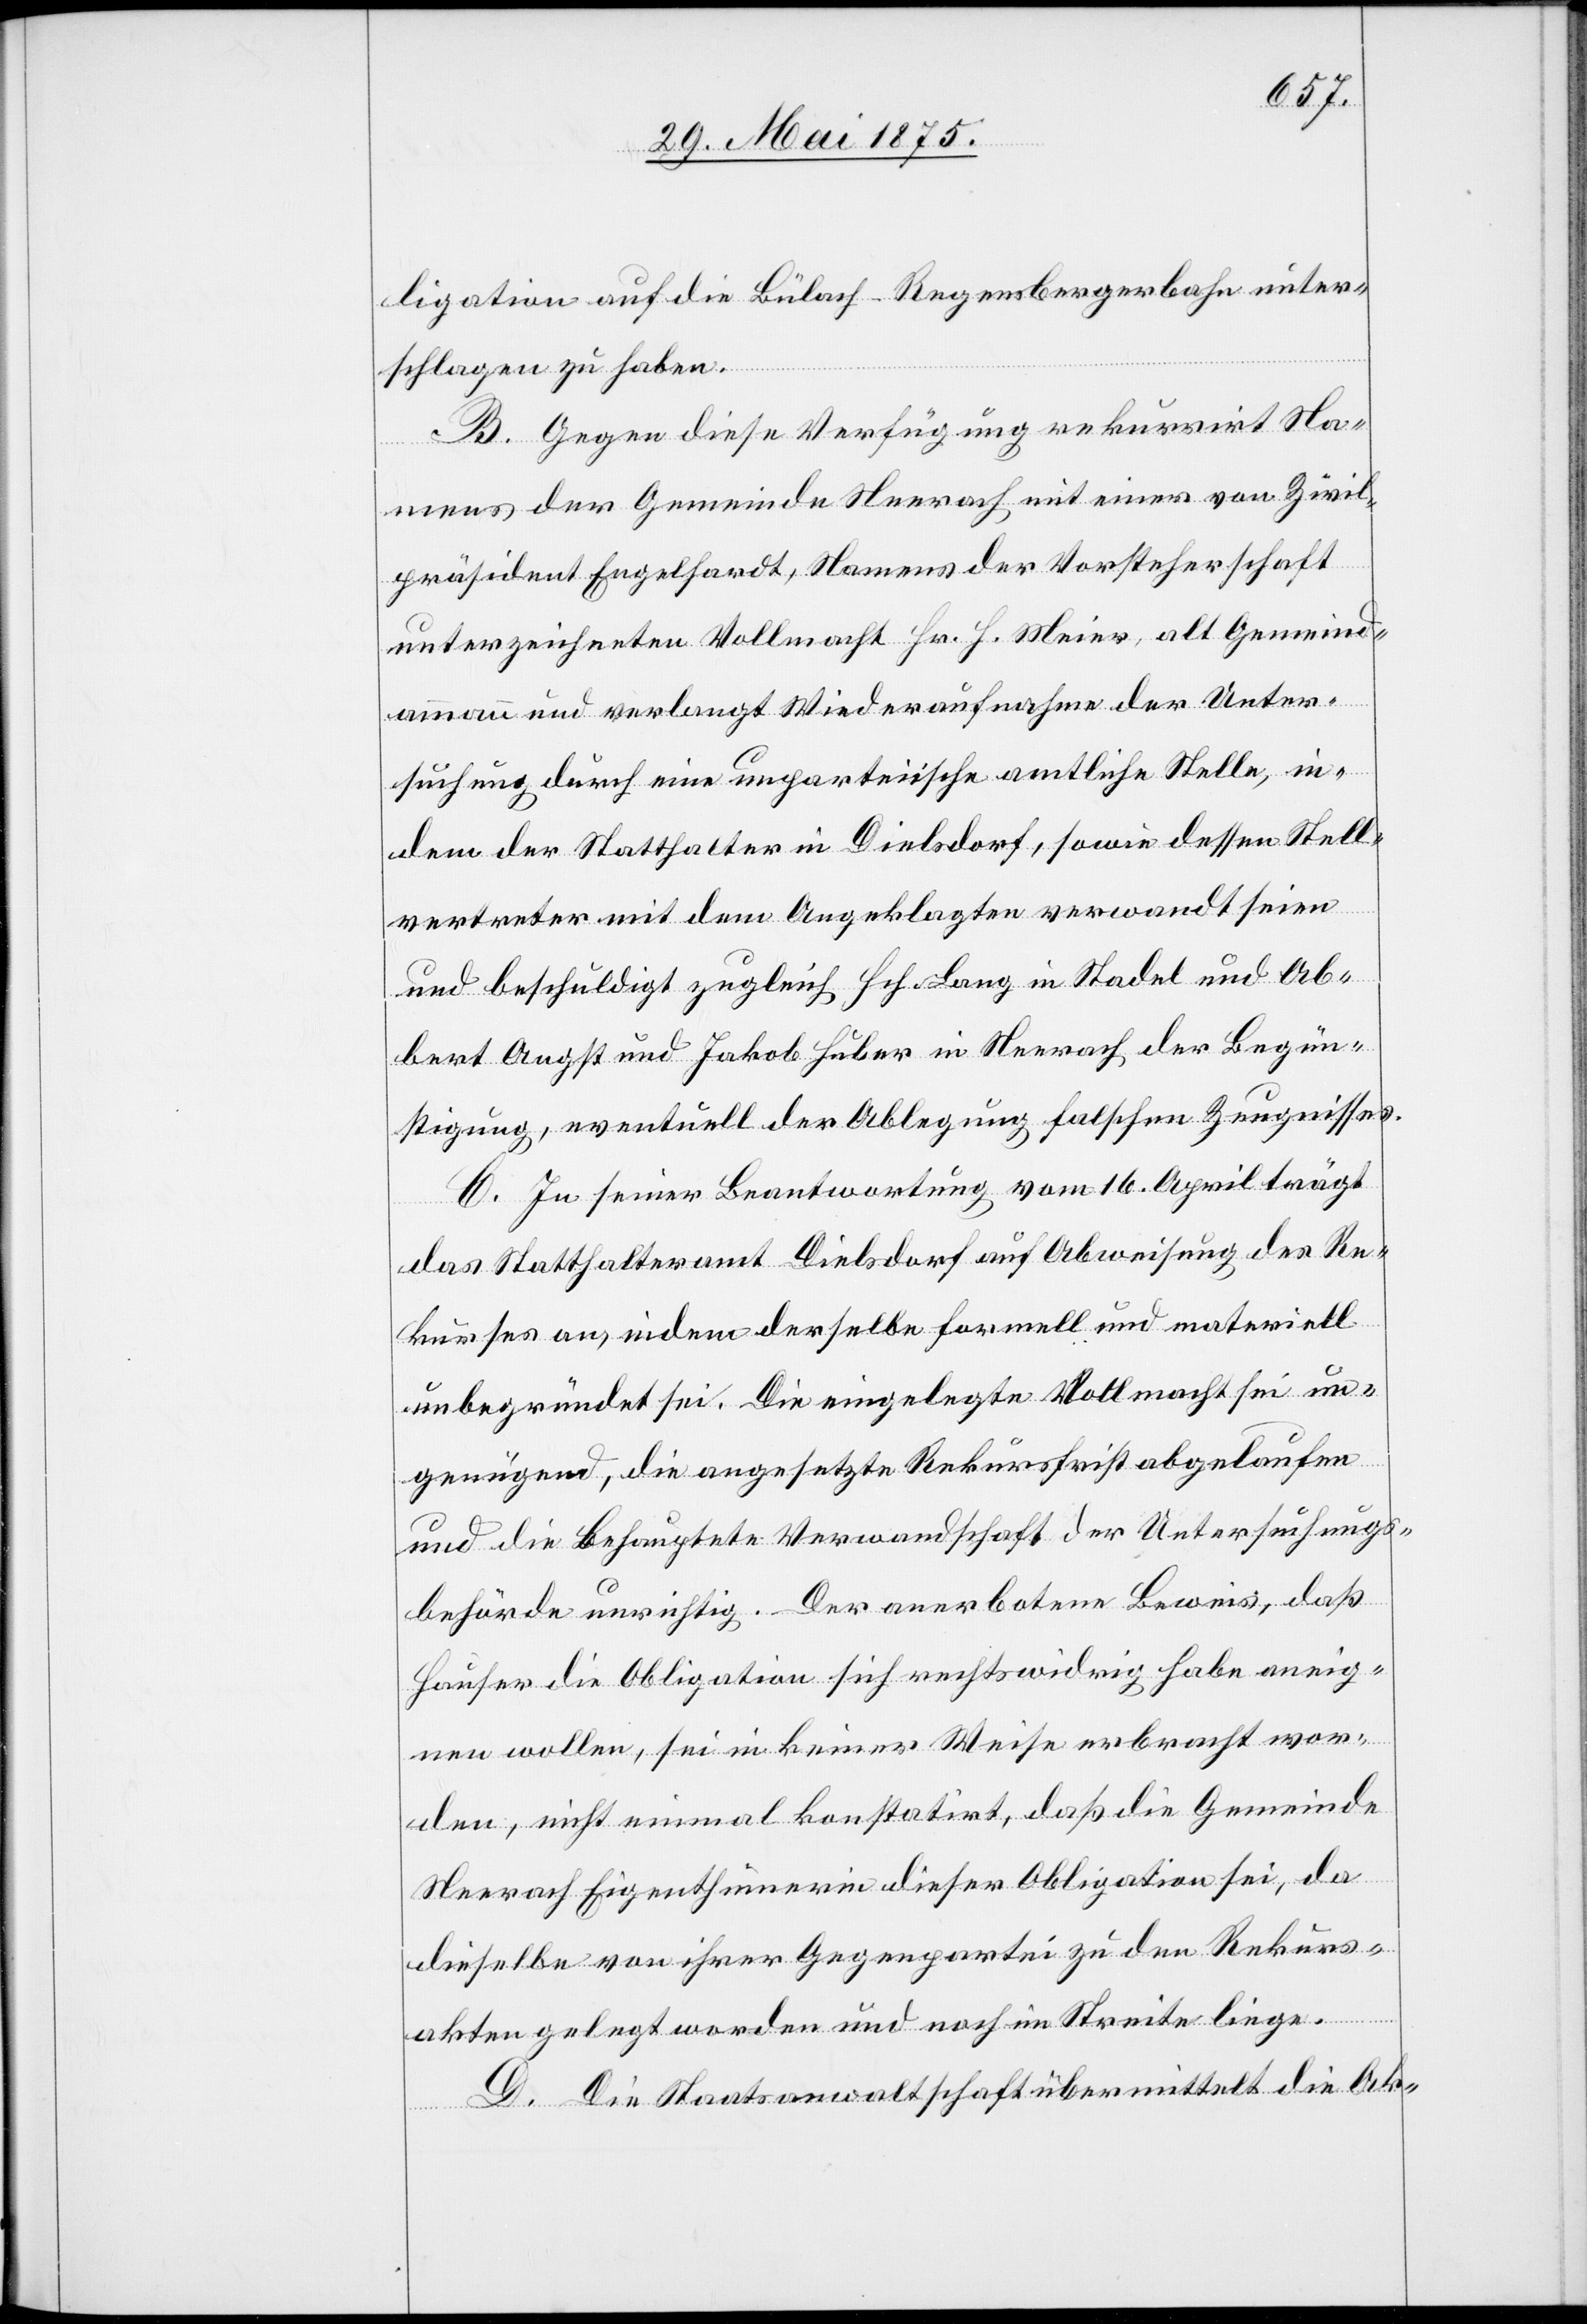
ligation auf die Bülach–Regensbergerbahn unter¬
schlagen zu haben.
B. Gegen diese Verfügung rekurrirt Na¬
mens der Gemeinde Neerach mit einer von Zivil¬
präsident Engelhardt, Namens der Vorsteherschaft
unterzeichneten Vollmacht Hr. H. Meier, alt Gemeinde¬
ammann und verlangt Wiederaufnahme der Unter¬
suchung durch eine unparteiische amtliche Stelle, in
dem der Statthalter in Dielsdorf, sowie dessen Stell¬
vertreter mit dem Angeklagten verwandt seien
und beschuldigt zugleich Hch. Lang in Stadel und Al¬
bert Angst und Jakob Huber in Neerach der Begün¬
stigung, eventuell der Ablegung falschen Zeugnisses.
C. In seiner Beantwortung vom 16. April trägt
das Statthalteramt Dielsdorf auf Abweisung des Re¬
kurses an, indem derselbe formell und materiell
unbegründet sei. Die eingelegte Vollmacht sei un¬
genügend, die ausgesetzte Rekursfrist abgelaufen
und die behauptete Verwandtschaft der Untersuchungs¬
behörde unrichtig. Der anerbotene Beweis, daß
Hauser die Obligation sich rechtswidrig habe aneig¬
nen wollen, sei in keiner Weise erbracht wor¬
den, nicht einmal konstatirt, daß die Gemeinde
Neerach Eigenthümerin dieser Obligationen sei, da
dieselbe von ihrer Gegenpartei zu den Rekurs¬
akten gelegt worden und noch im Streit liege.
D. Die Staatsanwaltschaft übermittelt die Ak-